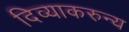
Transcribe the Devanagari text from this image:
दिव्याकरुन्य